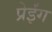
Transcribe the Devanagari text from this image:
प्रेईंग